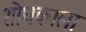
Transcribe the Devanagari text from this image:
शोधकाला